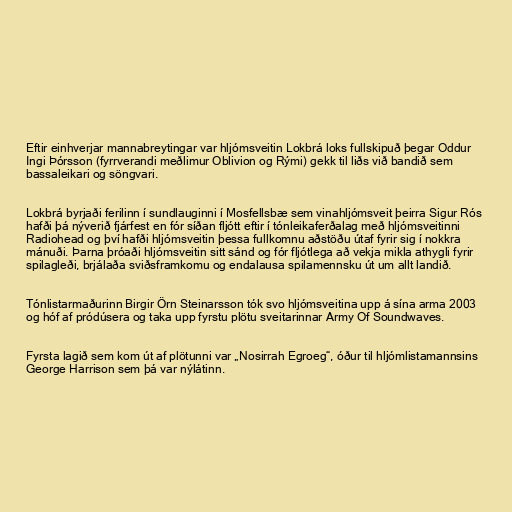
Eftir einhverjar mannabreytingar var hljómsveitin Lokbrá loks fullskipuð þegar Oddur
Ingi Þórsson (fyrrverandi meðlimur Oblivion og Rými) gekk til liðs við bandið sem
bassaleikari og söngvari.

Lokbrá byrjaði ferilinn í sundlauginni í Mosfellsbæ sem vinahljómsveit þeirra Sigur Rós
hafði þá nýverið fjárfest en fór síðan fljótt eftir í tónleikaferðalag með hljómsveitinni
Radiohead og því hafði hljómsveitin þessa fullkomnu aðstöðu útaf fyrir sig í nokkra
mánuði. Þarna þróaði hljómsveitin sitt sánd og fór fljótlega að vekja mikla athygli fyrir
spilagleði, brjálaða sviðsframkomu og endalausa spilamennsku út um allt landið.

Tónlistarmaðurinn Birgir Örn Steinarsson tók svo hljómsveitina upp á sína arma 2003
og hóf af pródúsera og taka upp fyrstu plötu sveitarinnar Army Of Soundwaves.

Fyrsta lagið sem kom út af plötunni var „Nosirrah Egroeg“, óður til hljómlistamannsins
George Harrison sem þá var nýlátinn.